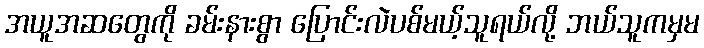
အယူအဆတွေကို ခမ်းနားစွာ ပြောင်းလဲပစ်မယ့်သူရယ်လို့ ဘယ်သူကမှမ